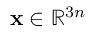
\mathbf { x } \in \mathbb { R } ^ { 3 n }